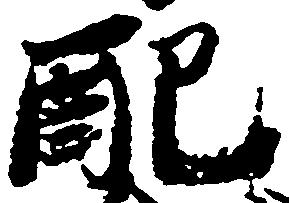
配